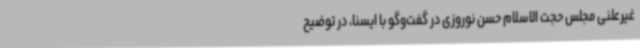
غیرعلنی مجلس حجت الاسلام حسن نوروزی در گفت‌وگو با ایسنا، در توضیح